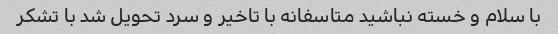
با سلام و خسته نباشید متاسفانه با تاخیر و سرد تحویل شد با تشکر